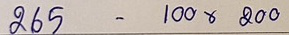
265 - 100 x 200